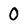
Character: O